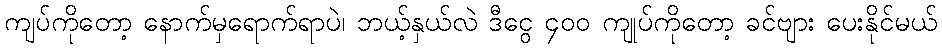
ကျပ်ကိုတော့ နောက်မှရောက်ရာပဲ၊ ဘယ့်နှယ်လဲ ဒီငွေ ၄၀၀ ကျုပ်ကိုတော့ ခင်ဗျား ပေးနိုင်မယ်